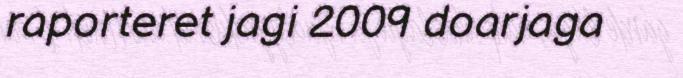
raporteret jagi 2009 doarjaga